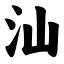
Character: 汕